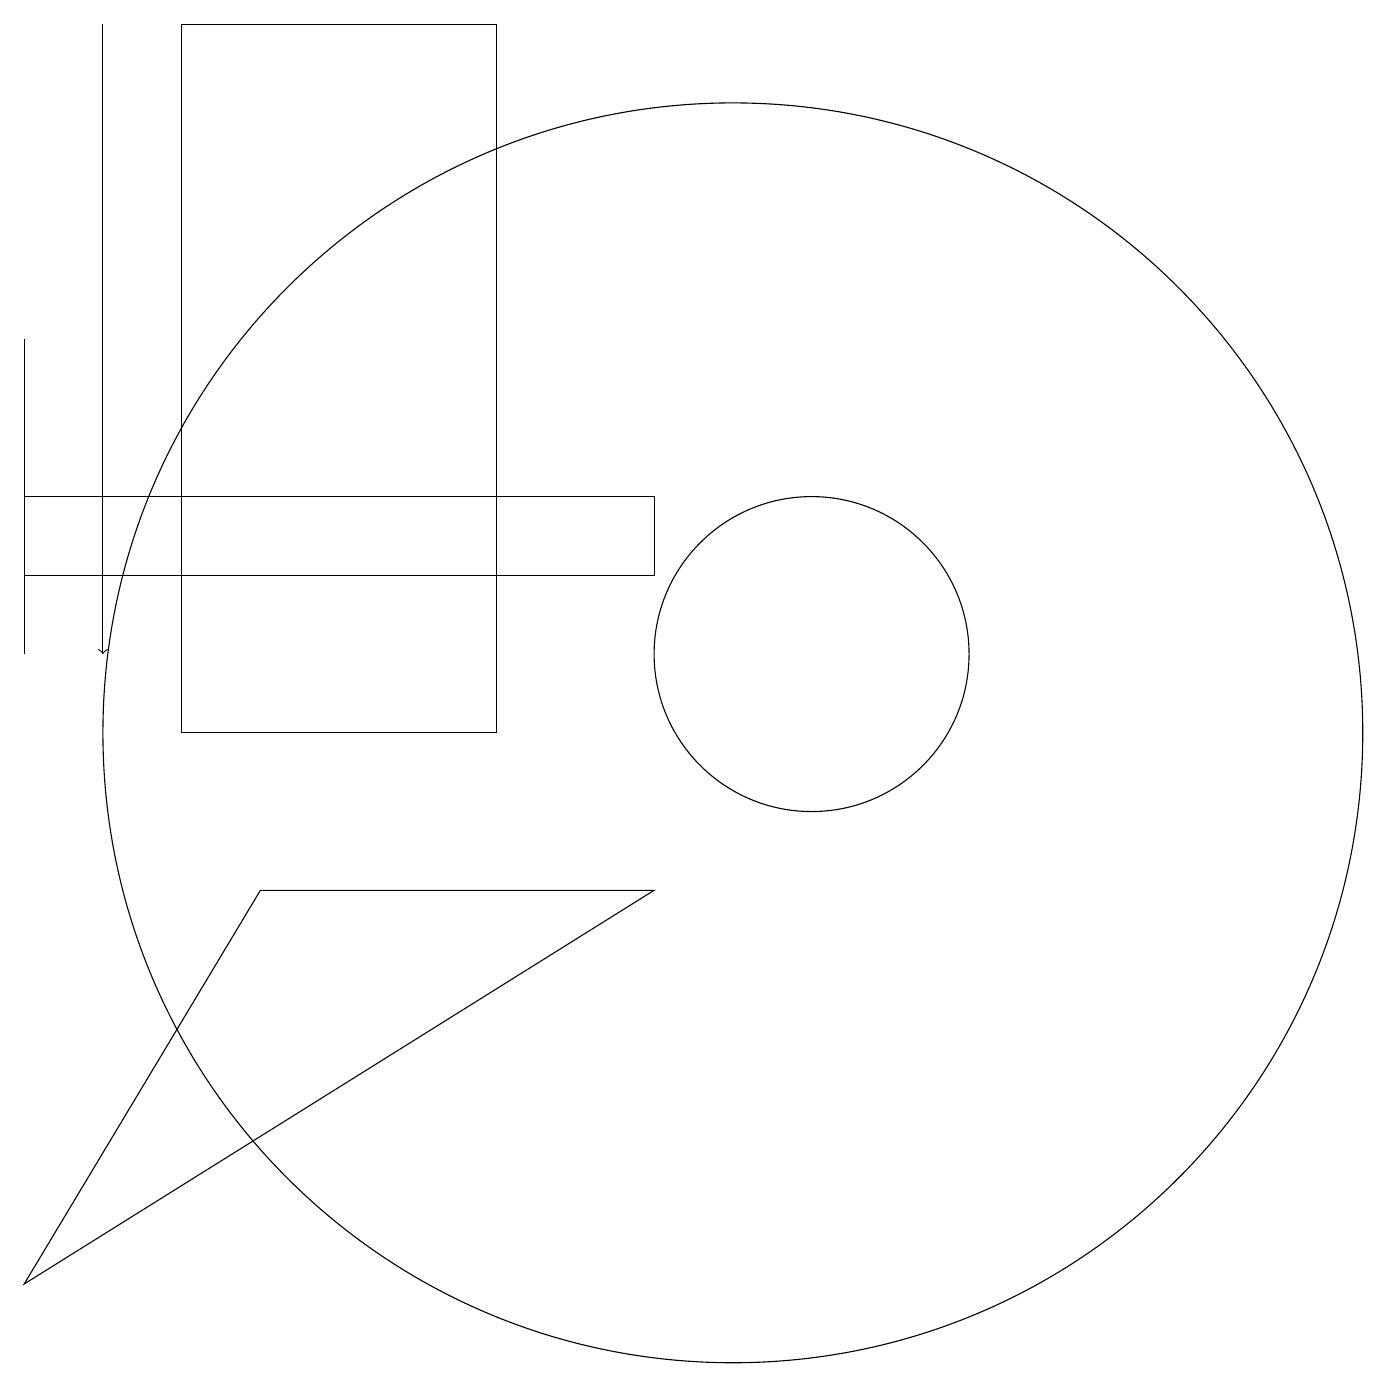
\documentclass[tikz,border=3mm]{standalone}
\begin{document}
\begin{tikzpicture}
\draw (9,8) -- (1,3) -- (4,8) -- cycle;
\draw (9,12) rectangle (1,13);
\draw (3,10) rectangle (7,19);
\draw (11,11) circle (2);
\draw (10,10) circle (8);
\draw (1,11) rectangle (1,15);
\draw[->] (2,19) -- (2,11);
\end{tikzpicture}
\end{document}